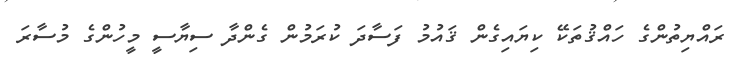
ރައްޔިތުންގެ ހައްޤުތަކޭ ކިޔައިގެން ޤައުމު ފަސާދަ ކުރަމުން ގެންދާ ސިޔާސީ މީހުންގެ މުސާރަ